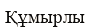
Құмырлы